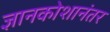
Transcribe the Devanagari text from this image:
ज्ञानकोशानंतर